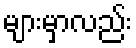
များမှာလည်း